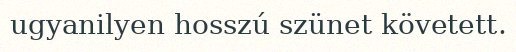
ugyanilyen hosszú szünet követett.